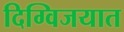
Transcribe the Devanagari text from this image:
दिग्विजयात